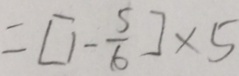
= [ 1 - \frac { 5 } { 6 } ] \times 5